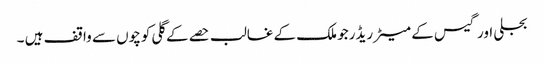
بجلی اور گیس کے میٹر ریڈرجو ملک کے غالب حصے کے گلی کوچوں سے واقف ہیں ۔